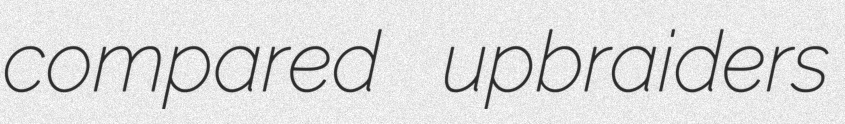
compared upbraiders